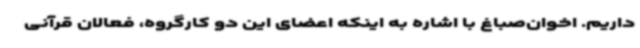
داریم. اخوان‌صباغ با اشاره به اینکه اعضای این دو کارگروه، فعالان قرآنی